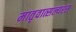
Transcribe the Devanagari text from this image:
मातृवात्सल्यरस